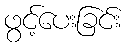
ဖွင့်ပေးခြင်း